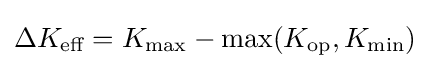
\Delta K_{\text{eff}}=K_{\text{max}}-{\text{max}}(K_{\text{op}},K_{\text{min}})